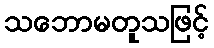
သဘောမတူသဖြင့်